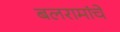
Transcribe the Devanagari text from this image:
बलरामांचे